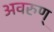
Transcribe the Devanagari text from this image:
अवरुण्